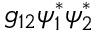
g _ { 1 2 } \psi _ { 1 } ^ { * } \psi _ { 2 } ^ { * }